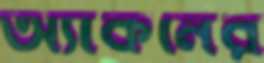
অ্যাকনের